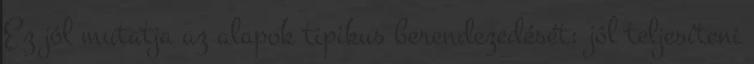
Ez jól mutatja az alapok tipikus berendezedését: jól teljesíteni